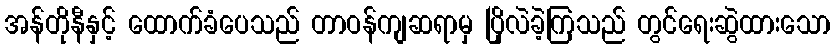
အန်တိုနီနှင့် ထောက်ခံပေသည် တာဝန်ကျဆရာမှ ပြိုလဲခဲ့ကြသည် တွင်ရေးဆွဲထားသော